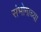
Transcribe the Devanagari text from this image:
संभोगाच्या